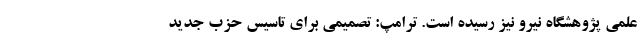
علمی پژوهشگاه نیرو نیز رسیده است. ترامپ: تصمیمی برای تأسیس حزب جدید